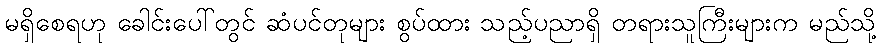
မရှိစေရဟု ခေါင်းပေါ်တွင် ဆံပင်တုများ စွပ်ထား သည့်ပညာရှိ တရားသူကြီးများက မည်သို့